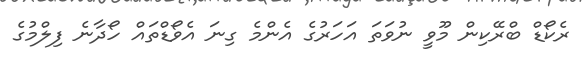
ރެކޯޑް ބްރޭކިން މޫވީ ނުވަތަ އަހަރުގެ އެންމެ ގިނަ އެވޯޑްތައް ހޯދާނެ ފިލްމުގެ